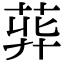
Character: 𦱭